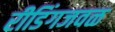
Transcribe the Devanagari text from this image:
रीडिंगजवळ